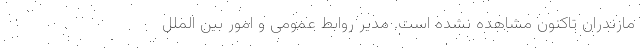
مازندران تاکنون مشاهده نشده است. مدیر روابط عمومی و امور بین الملل